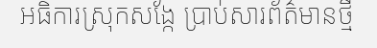
អធិការស្រុកសង្កែ ប្រាប់សារព័ត៌មានថ្មី